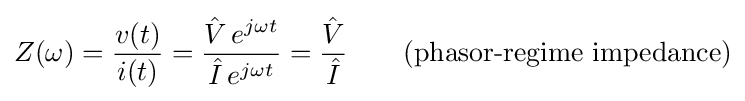
Z(\omega )={\frac {v(t)}{i(t)}}={\frac {{\hat {V}}\,e^{j\omega t}}{{\hat {I}}\,e^{j\omega t}}}={\frac {\hat {V}}{\hat {I}}}\qquad {\text{(phasor-regime impedance)}}